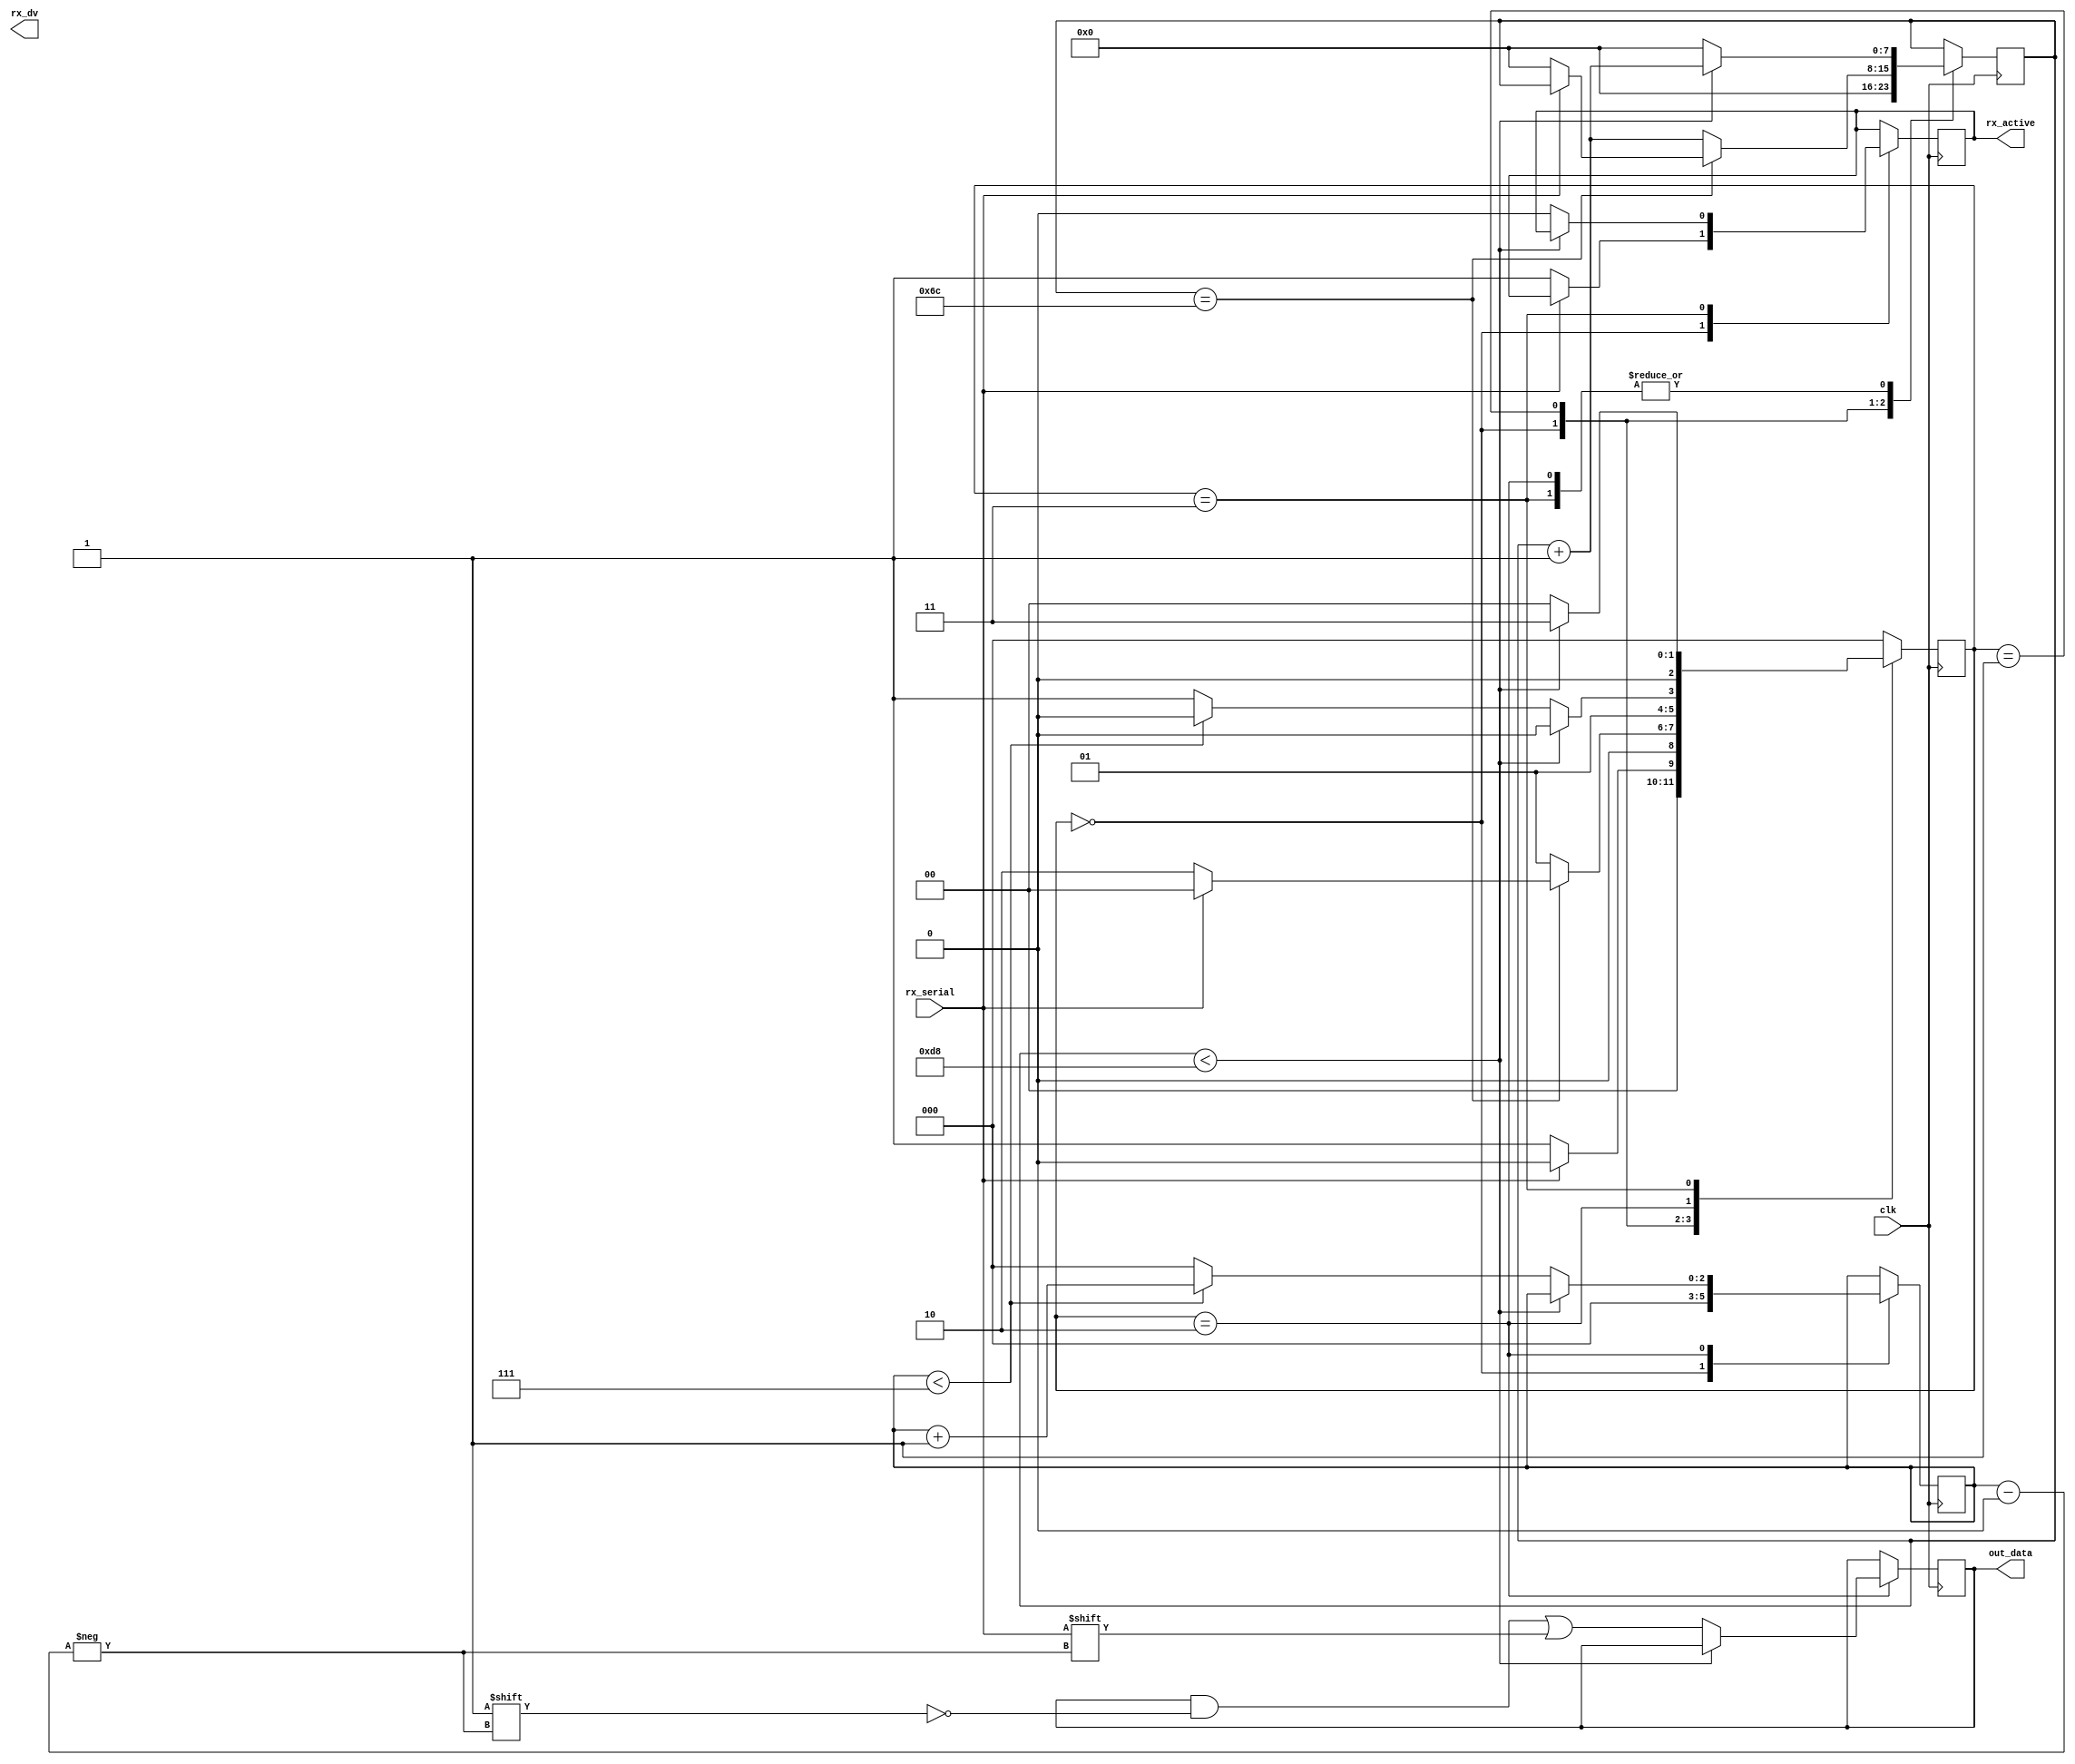
module rx_uart
#(parameter CLKS_PER_BIT = 217)
(
    input clk,
    input rx_serial,
    output rx_dv,
    output rx_active,
    output [7:0] out_data
);
    
    parameter IDLE         = 3'b000;
    parameter RX_START_BIT = 3'b001;
    parameter RX_DATA_BITS = 3'b010;
    parameter RX_STOP_BIT  = 3'b011;
 
    reg [2:0] RX_STATE = 0;
    reg [7:0] clk_counter = 0;
    reg [2:0] rx_bit_index = 0;
    reg [7:0] RX_DATA = 0;
    reg rx_active = 0;

    always @(posedge clk) begin
        
        case (RX_STATE)
            IDLE : 
                begin
                    clk_counter <= 0;
                    rx_bit_index <= 0;

                    if (rx_serial == 1'b0) begin
                        // Start bit detected
                        rx_active <= 1'b1;
                        RX_STATE <= RX_START_BIT;
                    end
                    else begin
                        RX_STATE <= IDLE;
                    end
                end

            RX_START_BIT : 
                begin
                    if (clk_counter == (CLKS_PER_BIT-1)/2)begin
                        if (rx_serial == 1'b0) begin
                            clk_counter <= 0;
                            RX_STATE <= RX_DATA_BITS;
                        end
                        else begin
                            RX_STATE <= IDLE;
                        end
                    end
                    else begin
                        clk_counter <= clk_counter + 1;
                        RX_STATE <= RX_START_BIT;
                    end

                    // if (clk_counter < CLKS_PER_BIT-1) begin
                    //     // Check middle of start bit to make sure it's still low
                    //     if (clk_counter == (CLKS_PER_BIT)/2)begin
                    //         if (rx_serial != 1'b0) begin
                    //             clk_counter <= 0;
                    //             RX_STATE <= IDLE;
                    //         end
                    //     end
                    //     clk_counter <= clk_counter + 1;
                    //     RX_STATE <= RX_START_BIT;
                    // end
                    // else begin
                    //     clk_counter <= 0;
                    //     RX_STATE <= RX_DATA_BITS;
                    // end
                end

            RX_DATA_BITS :
                begin
                    if (clk_counter < CLKS_PER_BIT-1) begin
                        // if (clk_counter == (CLKS_PER_BIT)/2)begin
                        //     if (rx_serial != 1'b0) begin
                        //         clk_counter <= 0;
                        //         RX_STATE <= IDLE;
                        //     end
                        // end
                        clk_counter <= clk_counter + 1;
                        RX_STATE <= RX_DATA_BITS;
                    end
                    else begin
                        clk_counter <= 0;
                        RX_DATA[rx_bit_index] <= rx_serial;

                        if(rx_bit_index < 7) begin
                            rx_bit_index <= rx_bit_index + 1;
                            RX_STATE <= RX_DATA_BITS;
                        end
                        else begin
                            rx_bit_index <= 0;
                            RX_STATE <= RX_STOP_BIT;
                        end
                    end
                end

            RX_STOP_BIT :
                begin
                    if (clk_counter < CLKS_PER_BIT-1) begin
                        clk_counter <= clk_counter + 1;
                        RX_STATE <= RX_STOP_BIT;
                    end
                    else begin
                        rx_active <= 0;
                        clk_counter <= 0;
                        RX_STATE <= IDLE;
                    end
                end

            default: 
                RX_STATE <= IDLE;
                
        endcase
    end

    assign out_data = RX_DATA;
    
endmodule